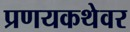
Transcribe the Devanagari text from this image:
प्रणयकथेवर